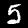
Label: 5